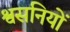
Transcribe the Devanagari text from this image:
श्वसनियों